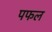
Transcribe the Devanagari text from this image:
पफल